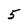
Character: 5